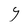
Character: Y